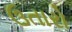
ઉતારો